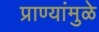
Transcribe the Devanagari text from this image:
प्राण्यांमुळे